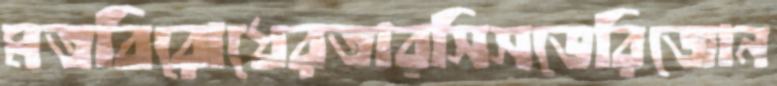
মতবিরোধেরতারসিসভেরিজোন